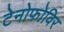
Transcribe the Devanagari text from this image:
टेनोफोविर